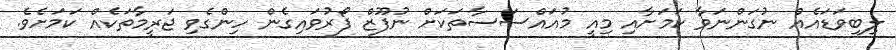
ލިބިވަޑައެއް ނުގަންނަވާ ކަމަށާއި މިއީ މުއައްސަސާތަކަށް ނުފޫޒް ފޯރުވައިގެން ހިންގެވި ޖަރީމާތަކެއް ކަމަށެވެ.